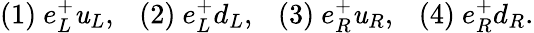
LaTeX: (1)~e_{L}^{+}\mathit{u}_{L},~~~(2)~e_{L}^{+}d_{L},~~~(3)~e_{R}^{+}\mathit{u}_{R},~~~(4)~e_{R}^{+}d_{R}.